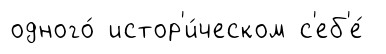
одного́ истор'и́ческом с'еб'е́